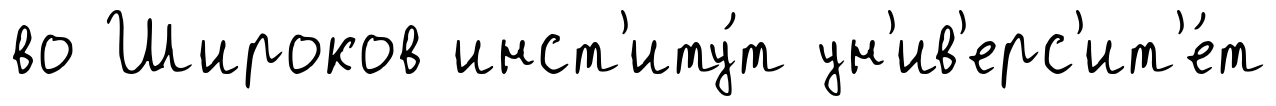
во Широков инст'иту́т ун'ив'ерс'ит'е́т